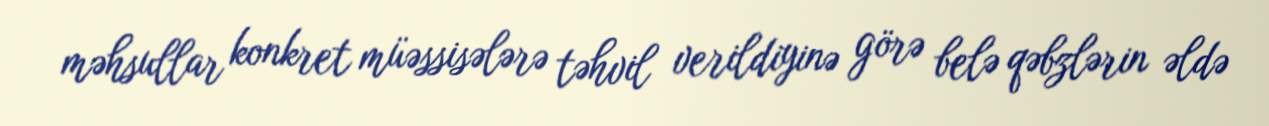
məhsullar konkret müəssisələrə təhvil verildiyinə görə belə qəbzlərin əldə